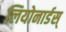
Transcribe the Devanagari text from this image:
लियोनार्डस्